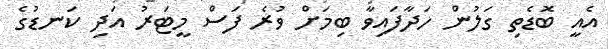
އެއީ ބޮޑެތި ގަލުން ހަދާފައިވާ ބިމަށް ވުރެ ފަސް މީޓަރު އަދި ކަނޑުގެ